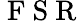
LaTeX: \mathrm{~F~S~R~}